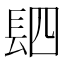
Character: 䦉